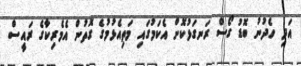
އަދި ހެދުނު ބޮޑު ގޯސް ރަނގަޅުކޮށް އެކަމުގައި މަތިއެޅުމުގެ ގޮތުން އެމެރިކާގެ ރައީސް